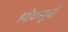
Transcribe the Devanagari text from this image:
श्लोकसूची